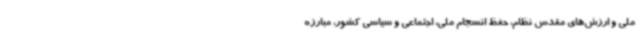
ملی و ارزش‌های مقدس نظام، حفظ انسجام ملی، اجتماعی و سیاسی کشور، مبارزه